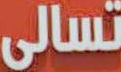
تسالي